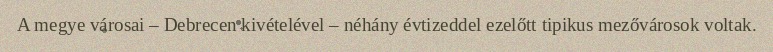
A megye városai – Debrecen kivételével – néhány évtizeddel ezelőtt tipikus mezővárosok voltak.